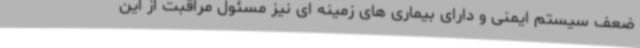
ضعف سیستم ایمنی و دارای بیماری های زمینه ای نیز مسئول مراقبت از این